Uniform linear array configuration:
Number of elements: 24
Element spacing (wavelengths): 0.5
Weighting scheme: exponential
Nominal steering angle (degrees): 0
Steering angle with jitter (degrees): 1.441
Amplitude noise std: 0.05
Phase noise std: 0.05

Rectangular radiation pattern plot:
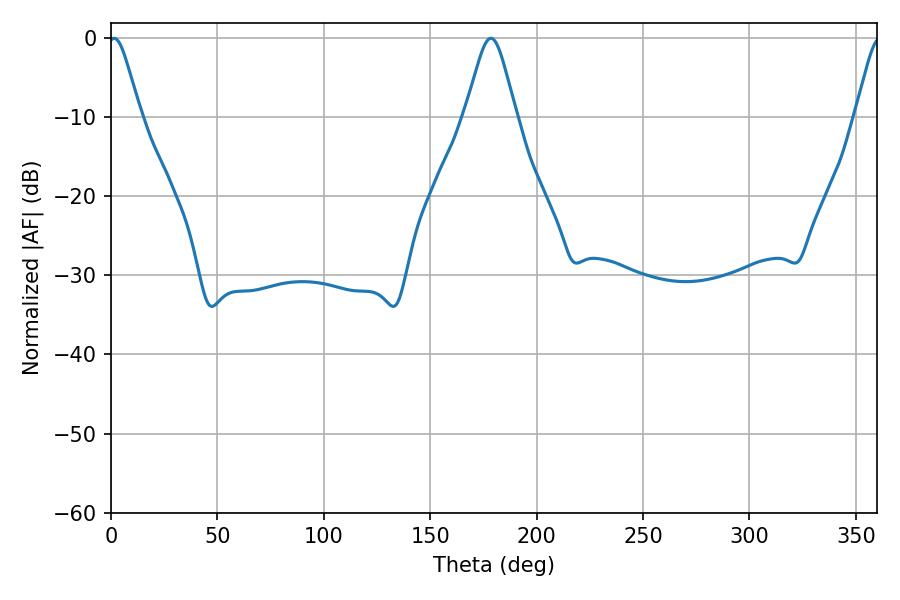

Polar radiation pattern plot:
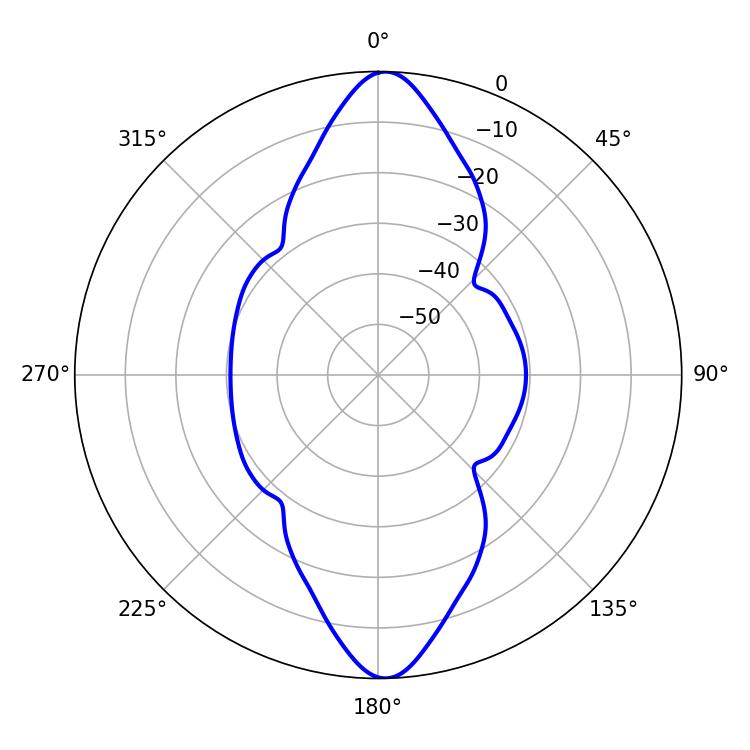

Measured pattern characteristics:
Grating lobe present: FALSE
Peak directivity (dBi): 21.203
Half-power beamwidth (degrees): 7.38
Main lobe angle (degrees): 1.44